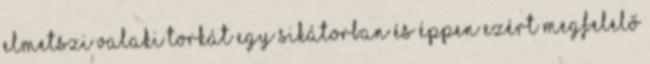
elmetszi valaki torkát egy sikátorban és éppen ezért megfelelő